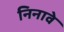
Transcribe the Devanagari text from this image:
निनावे